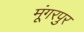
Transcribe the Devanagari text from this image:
मूंगरपुर